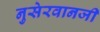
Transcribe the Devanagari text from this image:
नुसेरवानजी